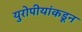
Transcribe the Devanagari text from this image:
युरोपीयांकडून